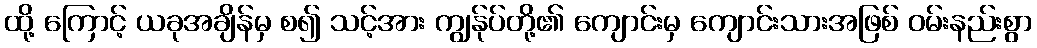
ထို့ ကြောင့် ယခုအချိန်မှ စ၍ သင့်အား ကျွန်ုပ်တို့၏ ကျောင်းမှ ကျောင်းသားအဖြစ် ဝမ်းနည်းစွာ